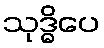
သုဒ္ဓိပေ